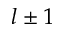
l \pm 1